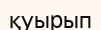
қуырып